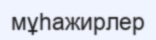
мұһажирлер